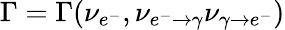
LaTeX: \Gamma=\Gamma(\nu_{e^{-}},\nu_{e^{-}\rightarrow\gamma}\nu_{\gamma\rightarrow e^{-}})